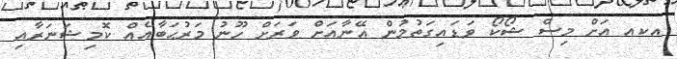
އކއ އަށް މިސް ޝޯކޯ ވަޑައިގަތުމުން އޭނާއަށް ވަރަށް ހޫނު މަރުޙަބާއެއް ކޮމިޝަނަރާއި